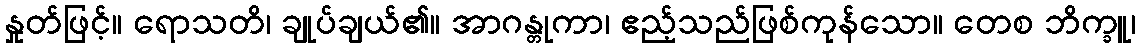
နှုတ်ဖြင့်။ ရောသတိ၊ ချုပ်ချယ်၏။ အာဂန္တုကာ၊ ဧည့်သည်ဖြစ်ကုန်သော။ တေစ ဘိက္ခူ၊